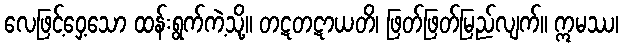
လေဖြင့်ဝှေ့သော ထန်းရွက်ကဲ့သို့။ တဋတဋာယတိ၊ ဖြတ်ဖြတ်မြည်လျက်။ ဣမဿ၊